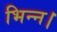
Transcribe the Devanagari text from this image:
भिन्‍न।